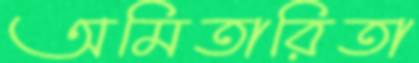
অমিতারিতা